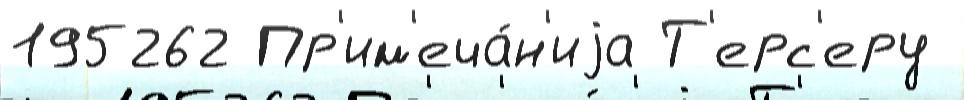
195262 Пр'им'еча́н'иjа Т'ерс'еру